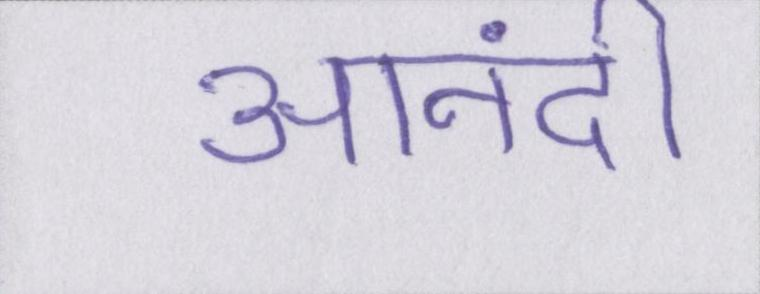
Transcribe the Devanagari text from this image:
आनंदी